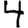
Digit: 4